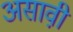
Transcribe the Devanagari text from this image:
असावी़